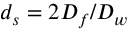
d _ { s } = 2 D _ { f } / D _ { w }